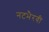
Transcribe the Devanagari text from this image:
नटभैरवी